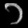
Digit: ၁